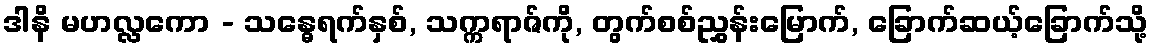
ဒါနိ မဟလ္လကော - သန္ဓေရက်နှစ်, သက္ကရာဇ်ကို, တွက်စစ်ညွှန်းမြောက်, ခြောက်ဆယ့်ခြောက်သို့